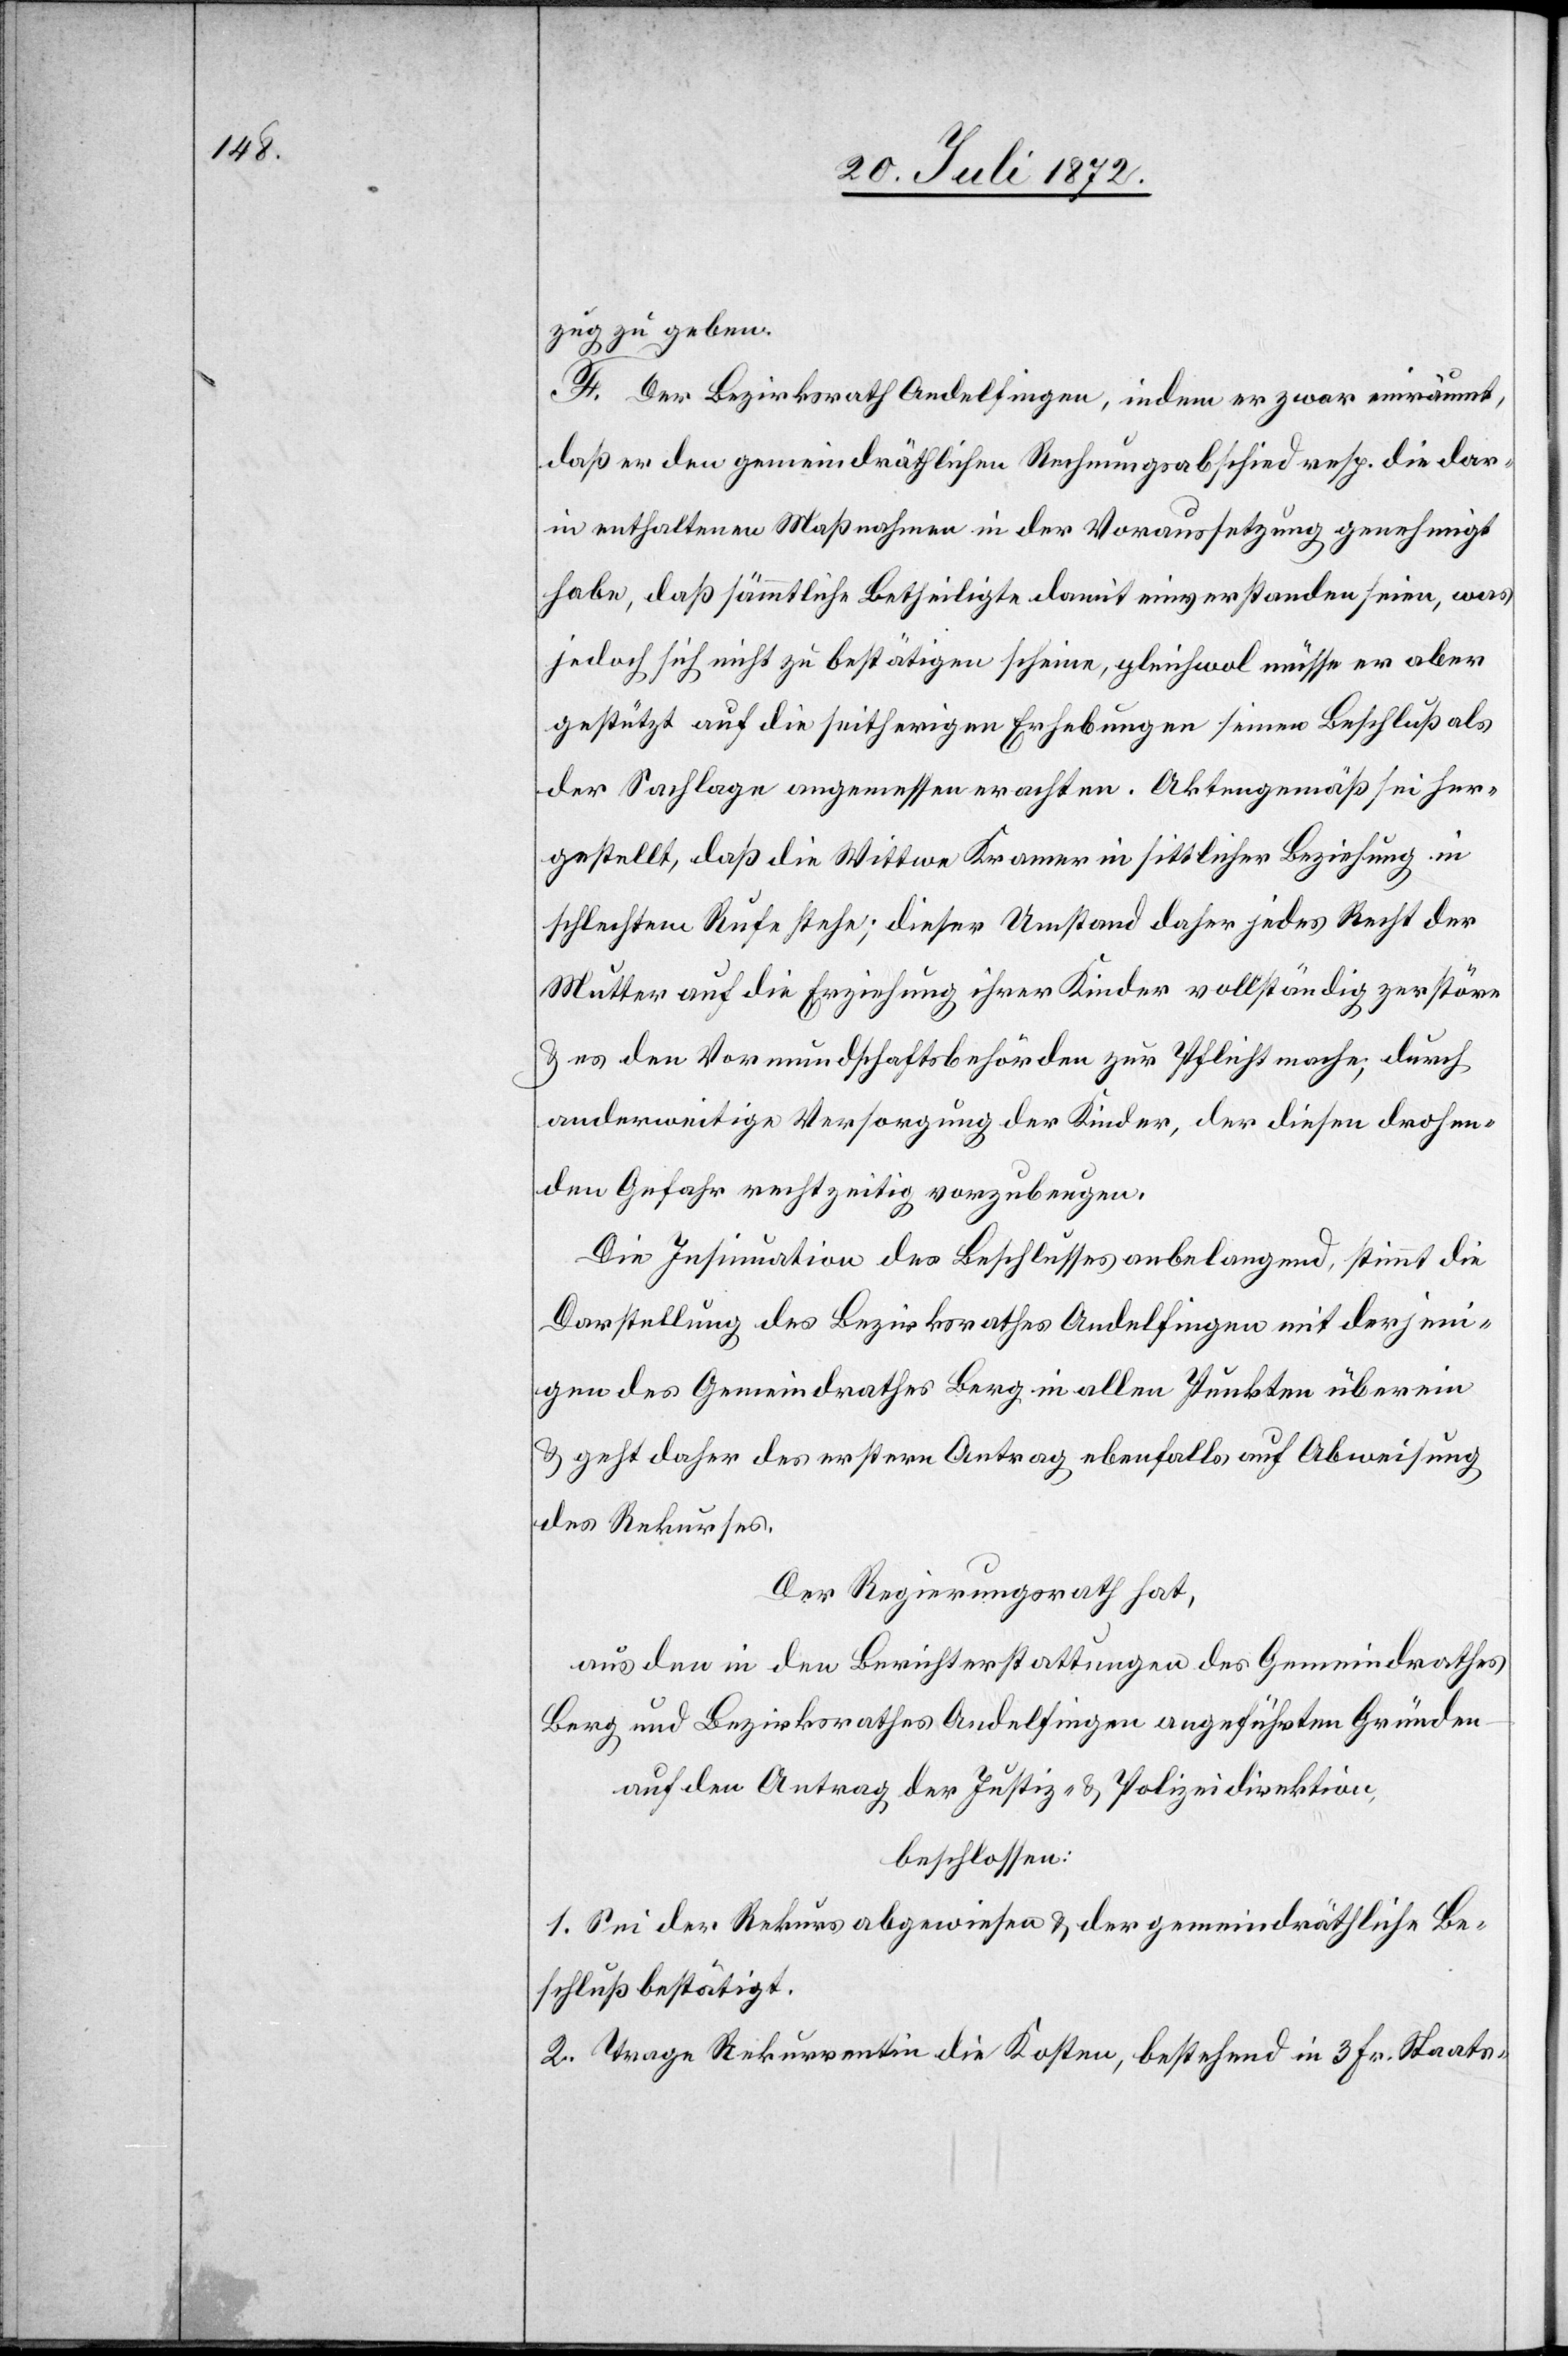
zug zu geben.
F. Der Bezirksrath Andelfingen, indem er zwar einräumt,
daß er den gemeindräthlichen Rechnungsabschied resp. die dar¬
in enthaltenen Maßnahmen in der Voraussetzung genehmigt
habe, daß sämtliche Betheiligte damit einverstanden seien, was
jedoch sich nicht zu bestätigen scheine, gleichwol müsse er aber
gestützt auf die seitherigen Erhebungen seinen Beschluß als
der Sachlage angemessen achten. Aktengemäß sei her¬
gestellt, daß die Wittwe Kramer in sittlicher Beziehung in
schlechtem Rufe stehe; dieser Umstand daher jedes Recht der
Mutter auf die Erziehung ihrer Kinder vollständig zerstöre
u. es den Vormundschaftsbehörden zur Pflicht mache, durch
anderweitige Versorgung der Kinder, der diesen drohen¬
den Gefahr rechtzeitig vorzubeugen.
Die Insinuation des Beschlusses angelangend, stimmt die
Darstellung des Bezirksrathes Andelfingen mit derjeni¬
gen des Gemeindrathes Berg in allen Punkten überein
u. geht daher des erstern Antrag ebenfalls auf Abweisung
des Rekurses.
Der Regierungsrath hat,
aus den in den Berichterstattungen des Gemeindrathes
Berg und Bezirksrathes Andelfingen angeführten Gründen
auf den Antrag der Justiz- u. Polizeidirektion,
beschlossen:
1. Sei der Rekurs abgewiesen u. der gemeindräthliche Be¬
schluß bestätigt.
2. Trage Rekurrentin die Kosten, bestehend in 3 Fr. Staats-